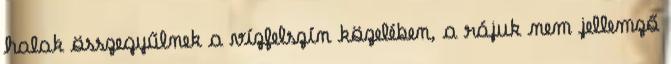
halak összegyűlnek a vízfelszín közelében, a rájuk nem jellemző